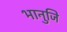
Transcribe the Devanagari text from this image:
भानुजि